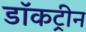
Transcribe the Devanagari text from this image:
डॉकट्रीन